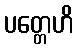
ပတ္တေဟိ